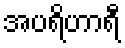
အပရိဟာရီ